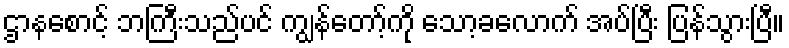
ဌာနစောင့် ဘကြီးသည်ပင် ကျွန်တော့်ကို သော့ခလောက် အပ်ပြီး ပြန်သွားပြီ။